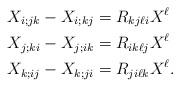
LaTeX: \begin{align*}X_{i;jk} - X_{i;kj} &= R_{kj\ell i} X^\ell\\X_{j;ki} - X_{j;ik} &= R_{ik\ell j} X^\ell\\X_{k;ij} - X_{k;ji} &= R_{ji\ell k} X^\ell. \end{align*}